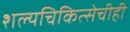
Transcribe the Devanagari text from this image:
शल्यचिकित्सेचीही